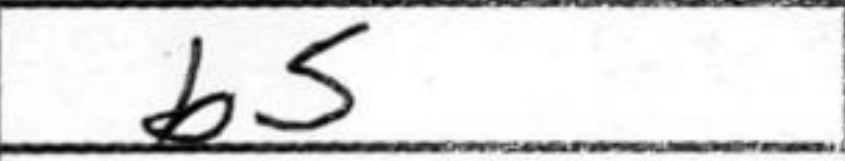
Transcription: b5